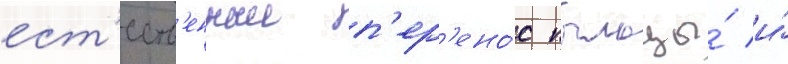
ест'еств'енныи п'ер'ено́с пыльцы́ и́